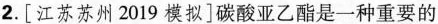
2.[江苏苏州2019模拟]碳酸亚乙酯是一种重要的